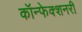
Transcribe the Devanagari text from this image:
कॉन्फेक्शनरी